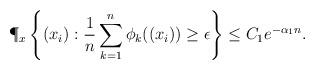
LaTeX: \begin{align*} \P_x\left\{(x_i) : \frac{1}{n} \sum_{k=1}^n \phi_k((x_i)) \geq \epsilon\right\} \leq C_1 e^{-\alpha_1n}.\end{align*}